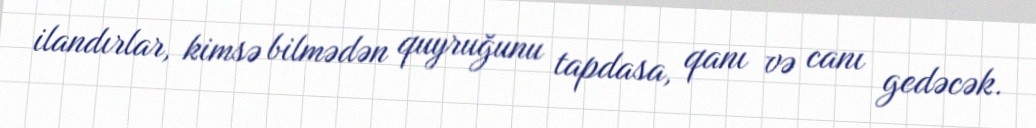
ilandırlar, kimsə bilmədən quyruğunu tapdasa, qanı və canı gedəcək.